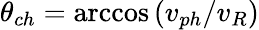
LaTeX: \theta_{ch}=\operatorname{arccos}{(v_{ph}/v_{R})}